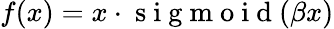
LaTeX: f(x)=x\cdot\mathrm{~s~i~g~m~o~i~d~}(\beta x)